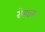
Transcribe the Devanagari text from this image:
रोमन्चक